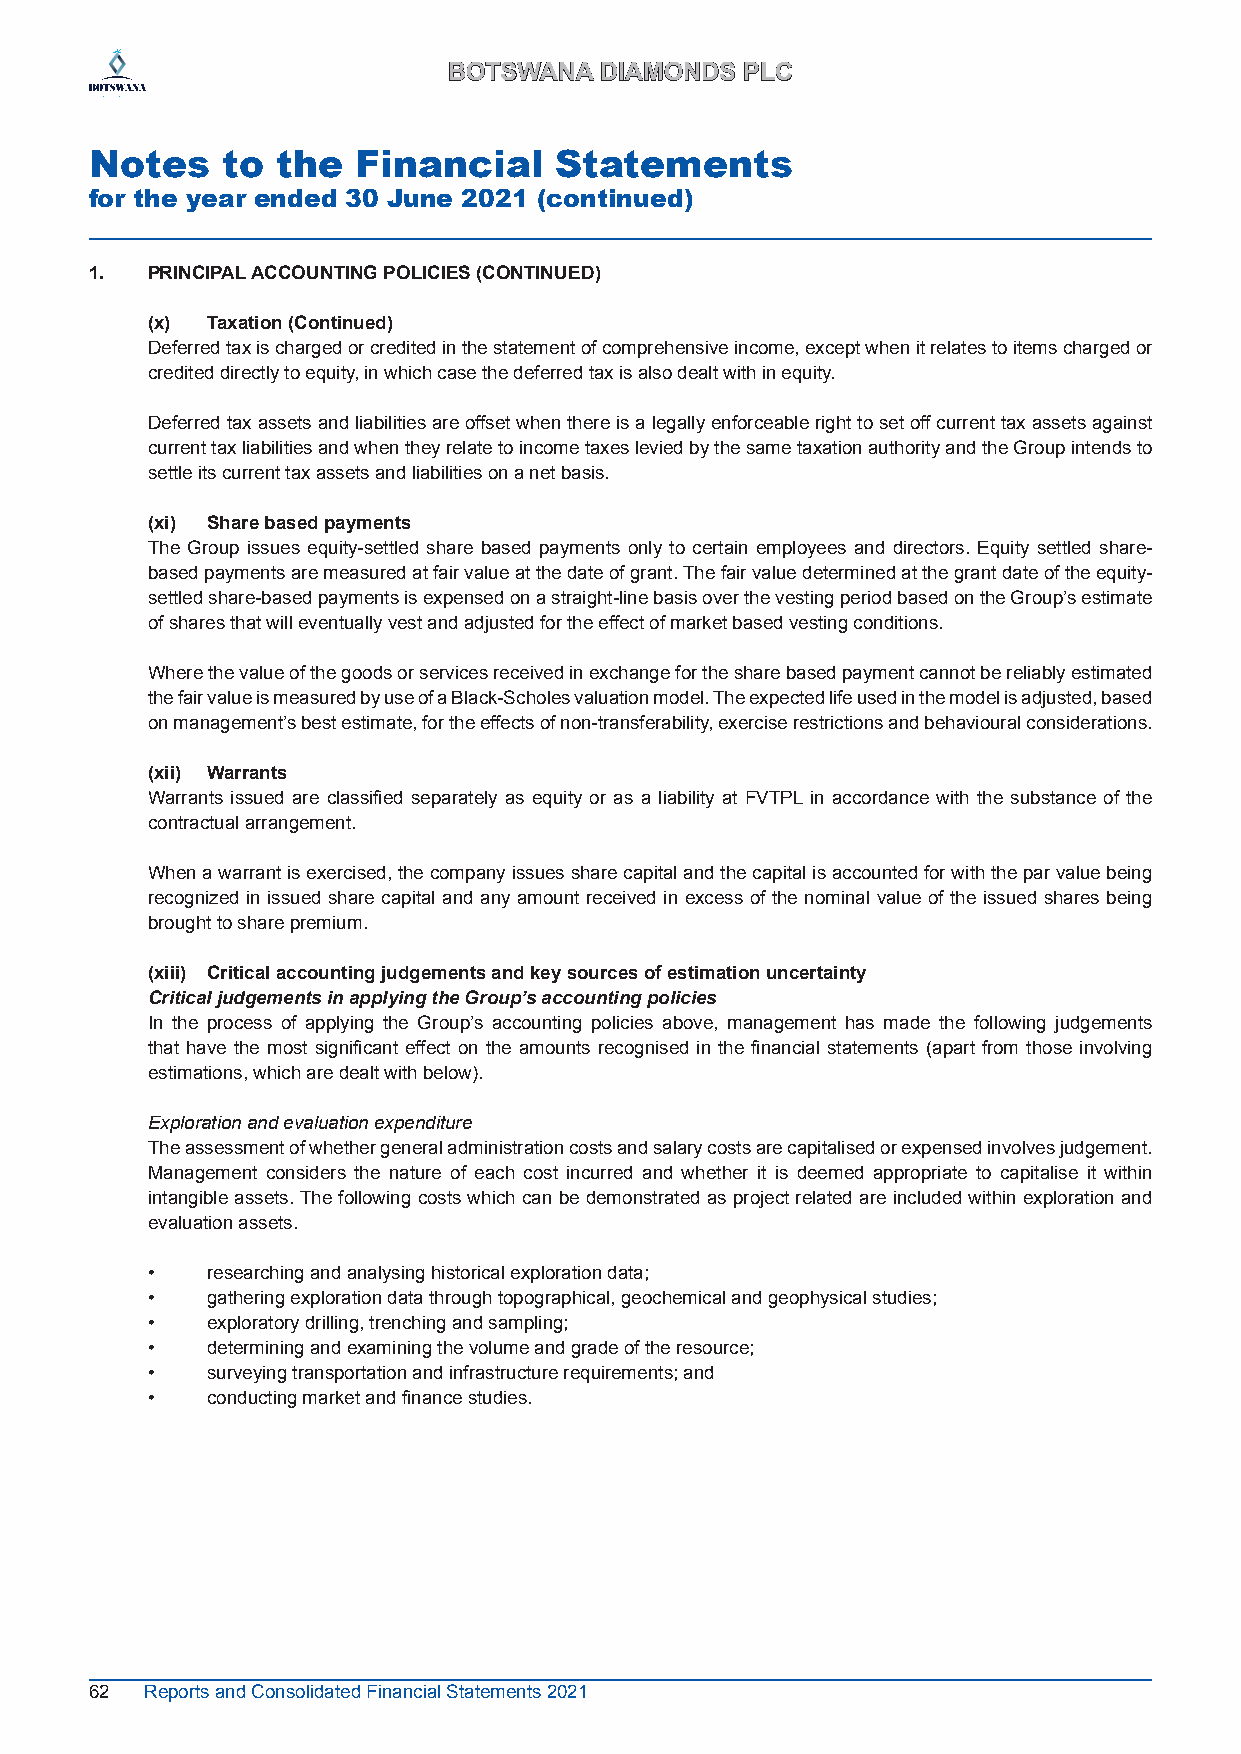
BBOOTTSSWWAANNAA DDIIAAMMOONNDDSS PPLLCC
 Notes    to the   Financial    Statements
 for the year ended 30 June 2021 (continued)
 1.  PRINCIPAL ACCOUNTING POLICIES (CONTINUED)
 (x)‌‌‌ Taxation‌(Continued)‌‌
 Deferred tax is charged or credited in the statement of comprehensive income, except when it relates to items charged or
 credited directly to equity, in which case the deferred tax is also dealt with in equity.
 Deferred tax assets and liabilities are offset when there is a legally enforceable right to set off current tax assets against
 current tax liabilities and when they relate to income taxes levied by the same taxation authority and the Group intends to
 settle its current tax assets and liabilities on a net basis.
 (xi)‌‌‌ Share‌based‌payments
 The Group issues equity-settled share based payments only to certain employees and directors. Equity settled share-
 based payments are measured at fair value at the date of grant. The fair value determined at the grant date of the equity-
 settled share-based payments is expensed on a straight-line basis over the vesting period based on the Group’s estimate
 of shares that will eventually vest and adjusted for the effect of market based vesting conditions.
 Where the value of the goods or services received in exchange for the share based payment cannot be reliably estimated
 the fair value is measured by use of a Black-Scholes valuation model. The expected life used in the model is adjusted, based
 on management’s best estimate, for the effects of non-transferability, exercise restrictions and behavioural considerations.
 (xii)‌‌‌ Warrants
 Warrants issued are classified separately as equity or as a liability at FVTPL in accordance with the substance of the
 contractual arrangement.
 When a warrant is exercised, the company issues share capital and the capital is accounted for with the par value being
 recognized in issued share capital and any amount received in excess of the nominal value of the issued shares being
 brought to share premium.
 (xiii)‌‌‌ Critical‌accounting‌judgements‌and‌key‌sources‌of‌estimation‌uncertainty
 Critical judgements in applying the Group’s accounting policies
 In the process of applying the Group’s accounting policies above, management has made the following judgements
 that have the most significant effect on the amounts recognised in the financial statements (apart from those involving
 estimations, which are dealt with below) .
 Exploration and evaluation expenditure
 The assessment of whether general administration costs and salary costs are capitalised or expensed involves judgement.
 Management considers the nature of each cost incurred and whether it is deemed appropriate to capitalise it within
 intangible assets. The following costs which can be demonstrated as project related are included within exploration and
 evaluation assets.
 •   researching and analysing historical exploration data;
 •   gathering exploration data through topographical, geochemical and geophysical studies;
 •   exploratory drilling, trenching and sampling;
 •   determining and examining the volume and grade of the resource;
 •   surveying transportation and infrastructure requirements; and
 •   conducting market and finance studies.
 62  Reports and Consolidated Financial Statements 2021